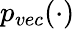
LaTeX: p_{vec}(\cdot)